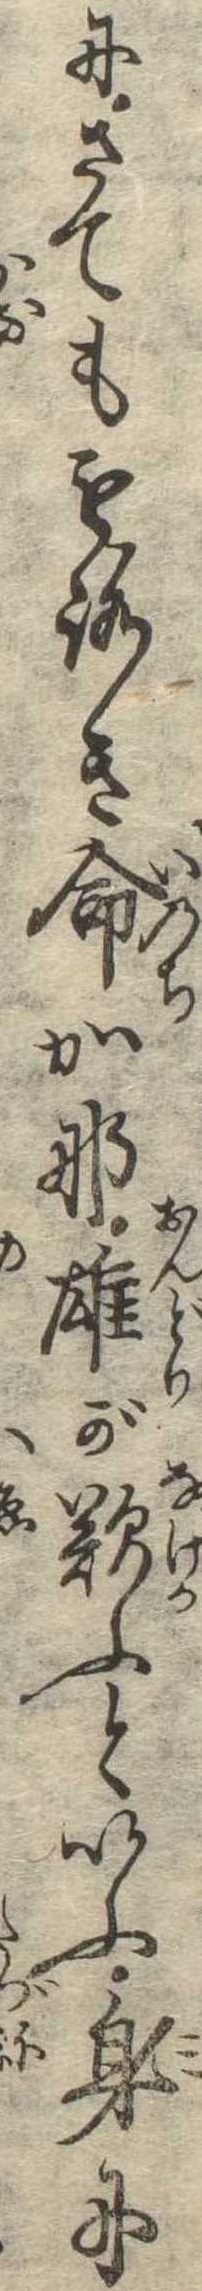
にさてももろき命かな雄が歎ふといふ身に